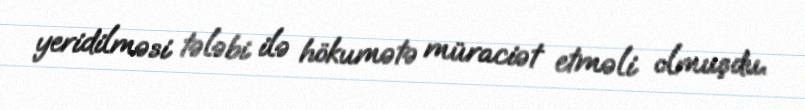
yeridilməsi tələbi ilə hökumətə müraciət etməli olmuşdu.